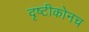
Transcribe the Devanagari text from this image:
दृष्टीकोनच